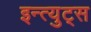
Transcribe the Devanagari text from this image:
इन्त्युट्स